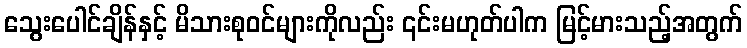
သွေးပေါင်ချိန်နှင့် မိသားစုဝင်များကိုလည်း ၎င်းမဟုတ်ပါက မြင့်မားသည့်အတွက်